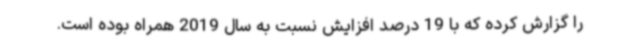
را گزارش کرده که با 19 درصد افزایش نسبت به سال 2019 همراه بوده است.